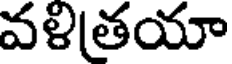
వళితయా